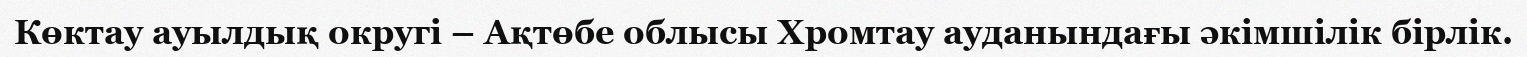
Көктау ауылдық округі – Ақтөбе облысы Хромтау ауданындағы әкімшілік бірлік.